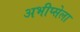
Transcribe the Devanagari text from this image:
अभीप्सेला